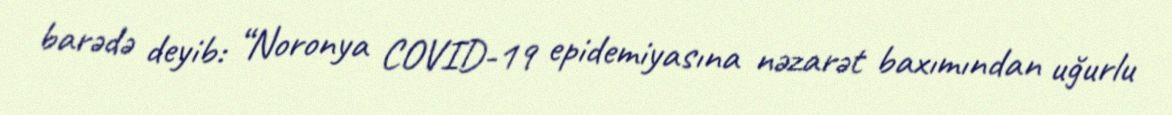
barədə deyib: “Noronya COVID-19 epidemiyasına nəzarət baxımından uğurlu